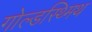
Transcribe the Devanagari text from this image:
गोल्डस्थ्मिथ